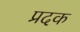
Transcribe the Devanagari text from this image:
प्रदक